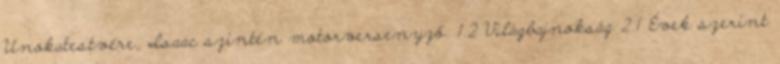
Unokatestvére, Isaac szintén motorversenyző. 1.2 Világbajnokság 2.1 Évek szerint